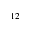
^ { 1 2 }